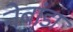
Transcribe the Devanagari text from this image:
नेबांडा